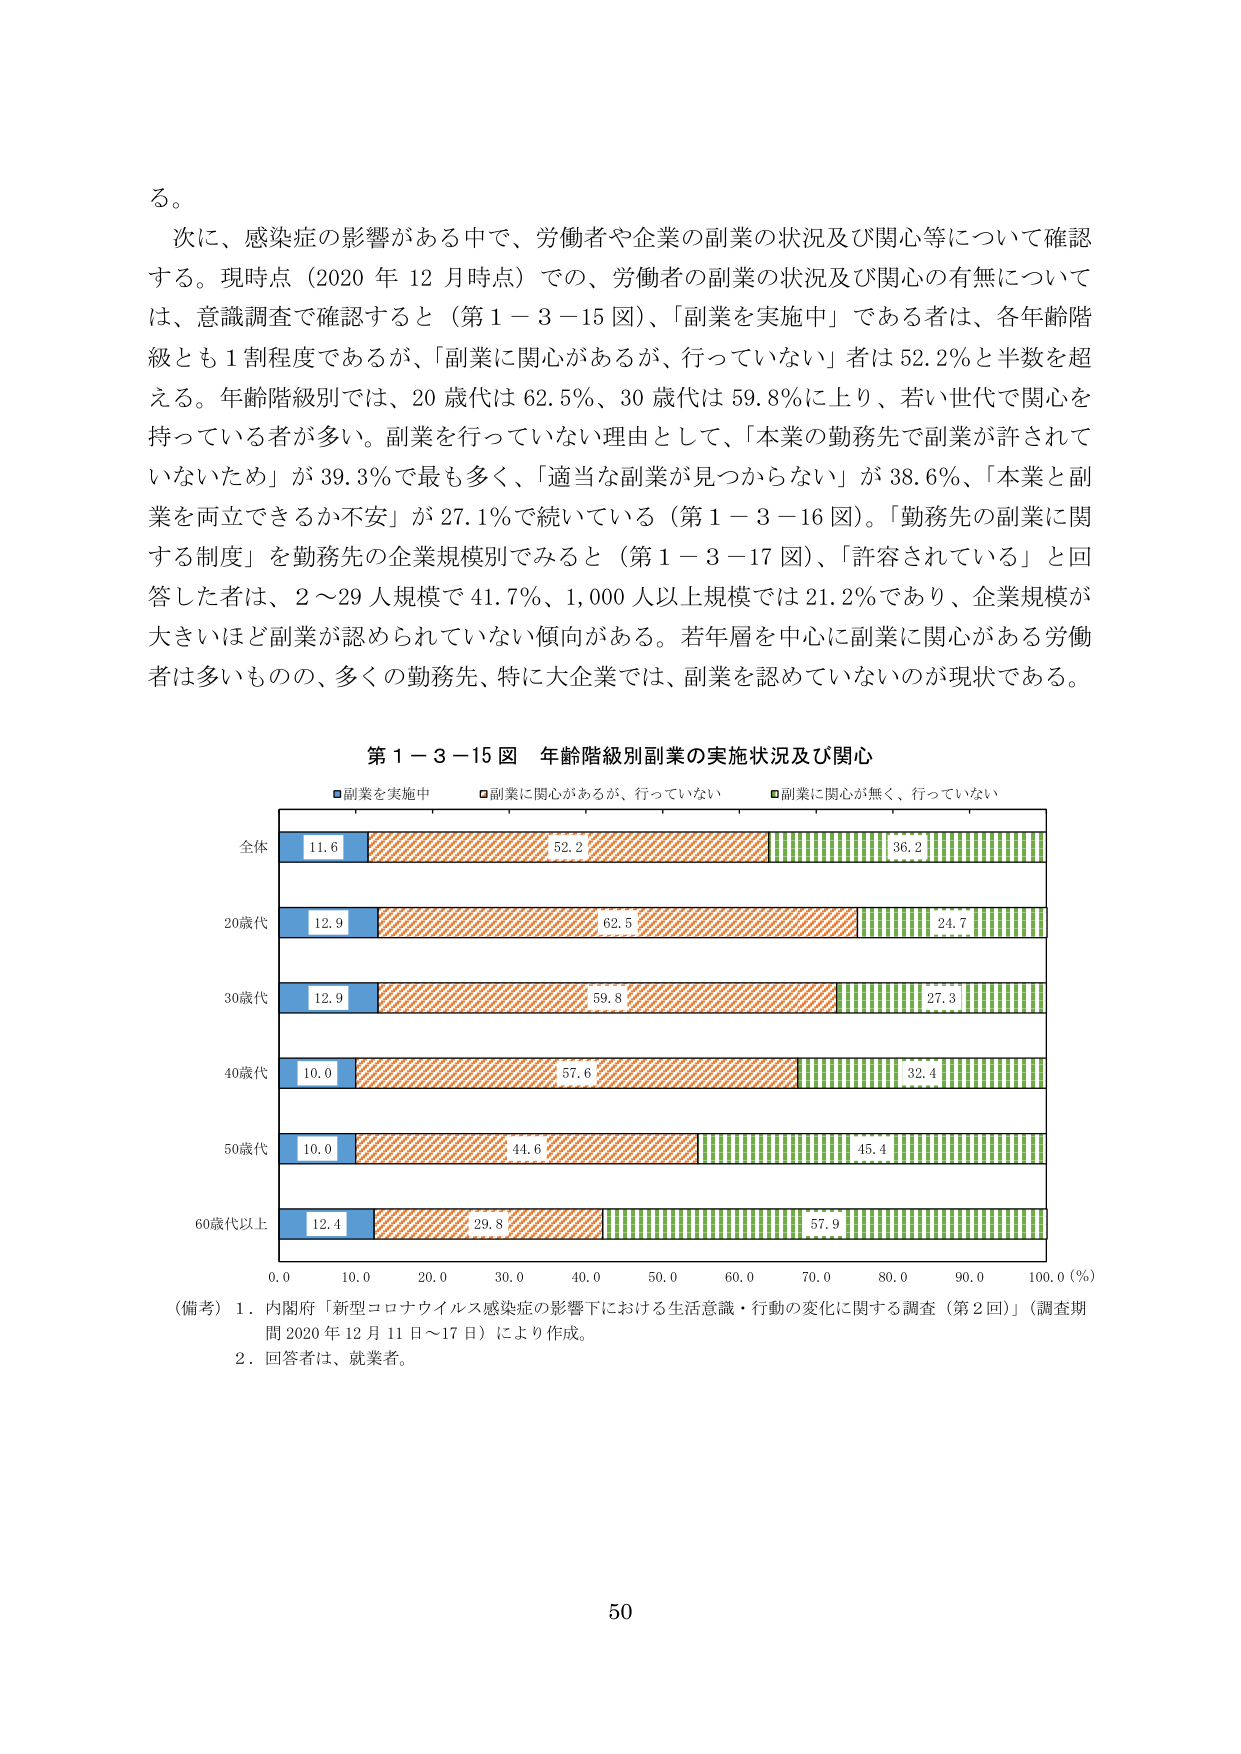
る。

次に、感染症の影響がある中で、労働者や企業の副業の状況及び関心等について確認する。現時点（2020年12月時点）での、労働者の副業の状況及び関心の有無については、意識調査で確認すると（第1－3－15図）、「副業を実施中」である者は、各年齢階級とも1割程度であるが、「副業に関心があるが、行っていない」者は52.2％と半数を超える。年齢階級別では、20歳代は62.5％、30歳代は59.8％に上り、若い世代で関心を持っている者が多。副業を行っていない理由として、「本業の勤務先で副業が許されていないため」が39.3％で最も多く、「適当な副業が見つからない」が38.6％、「本業と副業を両立できるか不安」が27.1％で続いている（第1－3－16図）。「勤務先の副業に関する制度」を勤務先の企業規模別でみると（第1－3－17図）、「許容されている」と回答した者は、2～29人規模で41.7％、1,000人以上規模では21.2％であり、企業規模が大きいほど副業が認められていない傾向がある。若年層を中心に副業に関心がある労働者は多いものの、多くの勤務先、特に大企業では、副業を認めていないのが現状である。

第1－3－15図 年齢階級別副業の実施状況及び関心

■副業を実施中 ■副業に関心があるが、行っていない ■副業に関心が無く、行っていない

全体 11.6 52.2 36.2

20歳代 12.9 62.5 24.7

30歳代 12.9 59.8 27.3

40歳代 10.0 57.6 32.4

50歳代 10.0 44.6 45.4

60歳代以上 12.4 29.8 57.9

0.0 10.0 20.0 30.0 40.0 50.0 60.0 70.0 80.0 90.0 100.0（％）

（備考）1．内閣府「新型コロナウイルス感染症の影響下における生活意識・行動の変化に関する調査（第2回）」（調査期間2020年12月11日～17日）により作成。

2．回答者は、就業者。

50